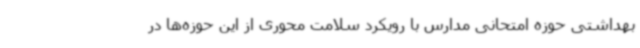
بهداشتی حوزه امتحانی مدارس با رویکرد سلامت محوری از این حوزه‌ها در